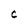
Character: c